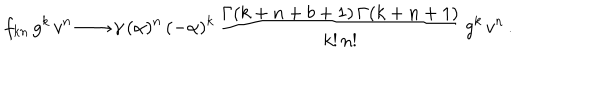
f _ { k n } \, g ^ { k } \, v ^ { n } \longrightarrow \gamma \, ( \alpha ) ^ { n } \, ( - \alpha ) ^ { k } \, \frac { \Gamma ( k + n + b + 1 ) \, \Gamma ( k + n + 1 ) } { k ! \, n ! } \, g ^ { k } \, v ^ { n } \, .